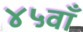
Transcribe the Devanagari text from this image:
४५वाँ